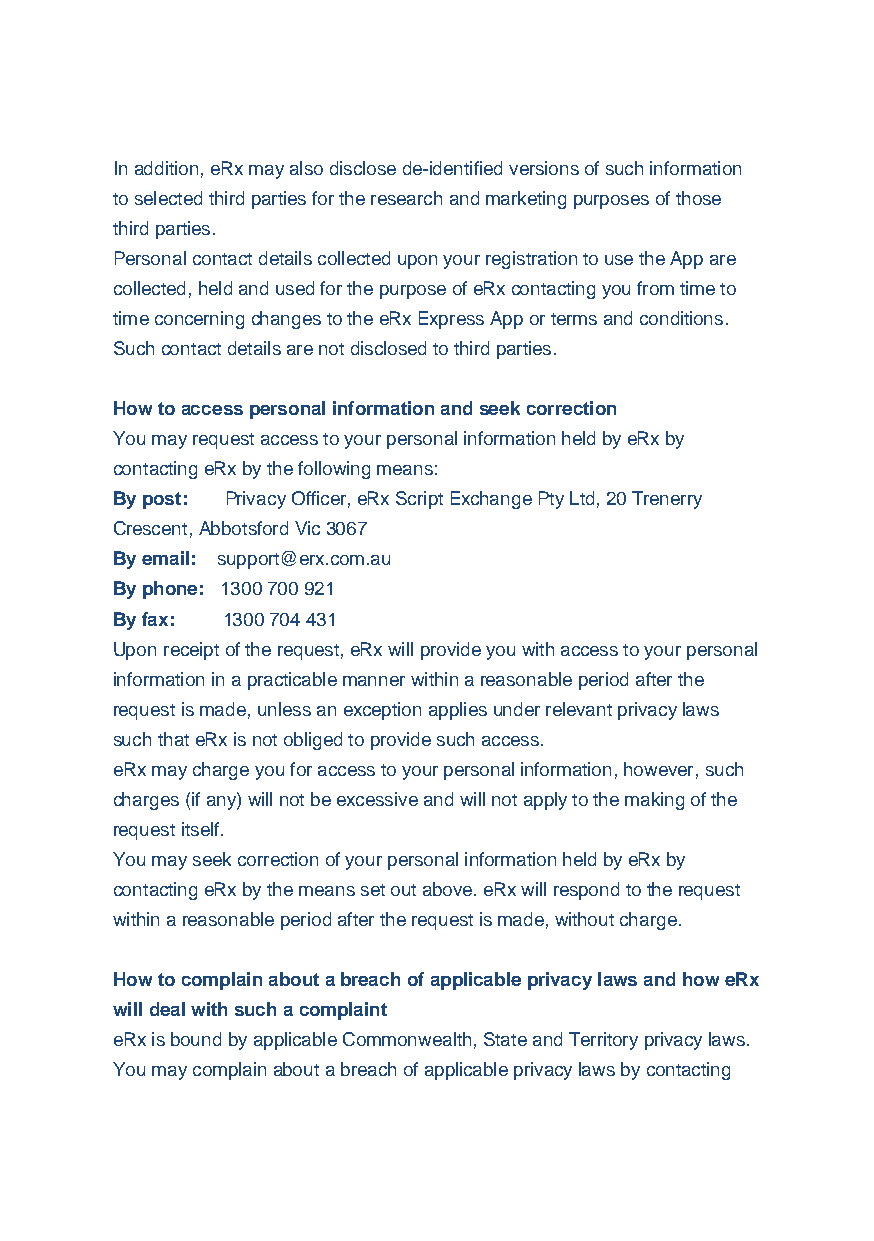
In addition, eRx may also disclose de-identified versions of such information
 to selected third parties for the research and marketing purposes of those
 third parties.
 Personal contact details collected upon your registration to use the App are
 collected, held and used for the purpose of eRx contacting you from time to
 time concerning changes to the eRx Express App or terms and conditions.
 Such contact details are not disclosed to third parties.
 How to access personal information and seek correction
 You may request access to your personal information held by eRx by
 contacting eRx by the following means:
 By post: Privacy Officer, eRx Script Exchange Pty Ltd, 20 Trenerry
 Crescent, Abbotsford Vic 3067
 By email: support@erx.com.au
 By phone: 1300 700 921
 By fax: 1300 704 431
 Upon receipt of the request, eRx will provide you with access to your personal
 information in a practicable manner within a reasonable period after the
 request is made, unless an exception applies under relevant privacy laws
 such that eRx is not obliged to provide such access.
 eRx may charge you for access to your personal information, however, such
 charges (if any) will not be excessive and will not apply to the making of the
 request itself.
 You may seek correction of your personal information held by eRx by
 contacting eRx by the means set out above. eRx will respond to the request
 within a reasonable period after the request is made, without charge.
 How to complain about a breach of applicable privacy laws and how eRx
 will deal with such a complaint
 eRx is bound by applicable Commonwealth, State and Territory privacy laws.
 You may complain about a breach of applicable privacy laws by contacting